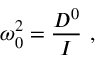
\omega _ { 0 } ^ { 2 } = \frac { D ^ { 0 } } { I } ~ ,